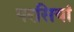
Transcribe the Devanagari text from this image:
परसियां